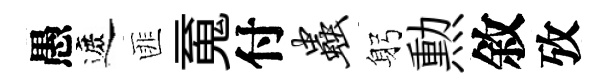
愚遮匪䰟付虫躬勲敘攷